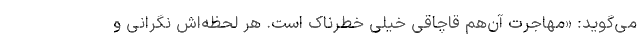
می‌گوید: «مهاجرت آن‌هم قاچاقی خیلی خطرناک است. هر لحظه‌اش نگرانی و